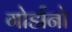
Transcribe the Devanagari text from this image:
गोर्डानो